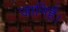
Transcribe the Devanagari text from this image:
जानिहैं।